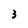
Character: 3